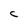
Character: C